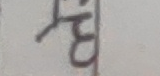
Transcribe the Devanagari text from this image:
भेद